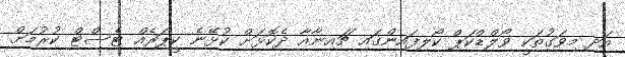
އަދި މިވަގުތަކީ ވޯލްޑްކަޕް ކޯލިފައިންގައި ޗައިނާއާ ދެކޮޅަށް ކުޅޭނެ ކީޕަރެއް ޓެސްޓް ކުރުމަށް